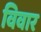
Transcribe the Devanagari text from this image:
विवार